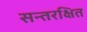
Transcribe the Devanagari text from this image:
सन्तरक्षित